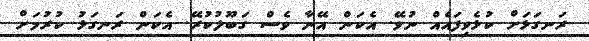
ރަނގަޅަށް ކުޅެވިފައެއް ނުވޭ. އެކަން އޭނާ ވެސް ގަބޫލުކުރޭ. އެކަން ރަނގަޅު ކުރުމަށް